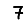
Digit: 7